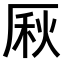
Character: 𠩾